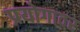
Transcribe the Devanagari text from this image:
प्रयोगावर